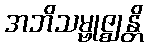
အဘိသမ္ဗုဇ္ဈန္တိ